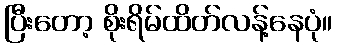
ပြီးတော့ စိုးရိမ်ထိတ်လန့်နေပုံ။